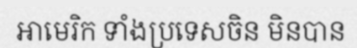
អាមេរិក ទាំងប្រទេសចិន មិនបាន